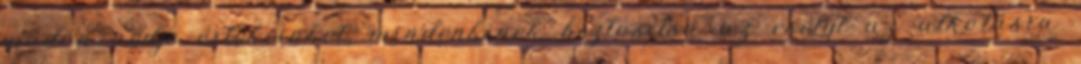
módon védje értékeinket, mindenkinek biztosítsa az esélyt az alkotásra